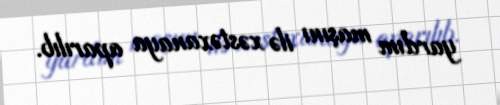
yardım maşını ilə xəstəxanaya aparılıb.